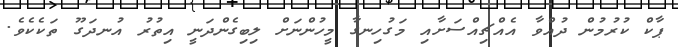
ޕާކް ކުރުމުން ދުއްވާ އެއްޗިއްސަށާއި މަގުހިނގާ މީހުންނަށް ލިބިގެންދަނީ އިތުރު އުނދަގޫ ތަކެކެވެ.